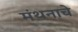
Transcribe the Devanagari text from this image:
मंथनाचे